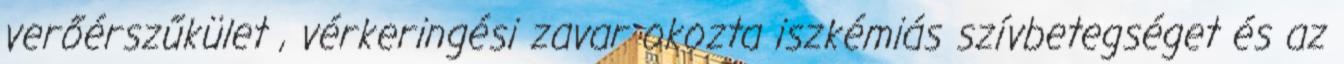
verőérszűkület , vérkeringési zavar okozta iszkémiás szívbetegséget és az